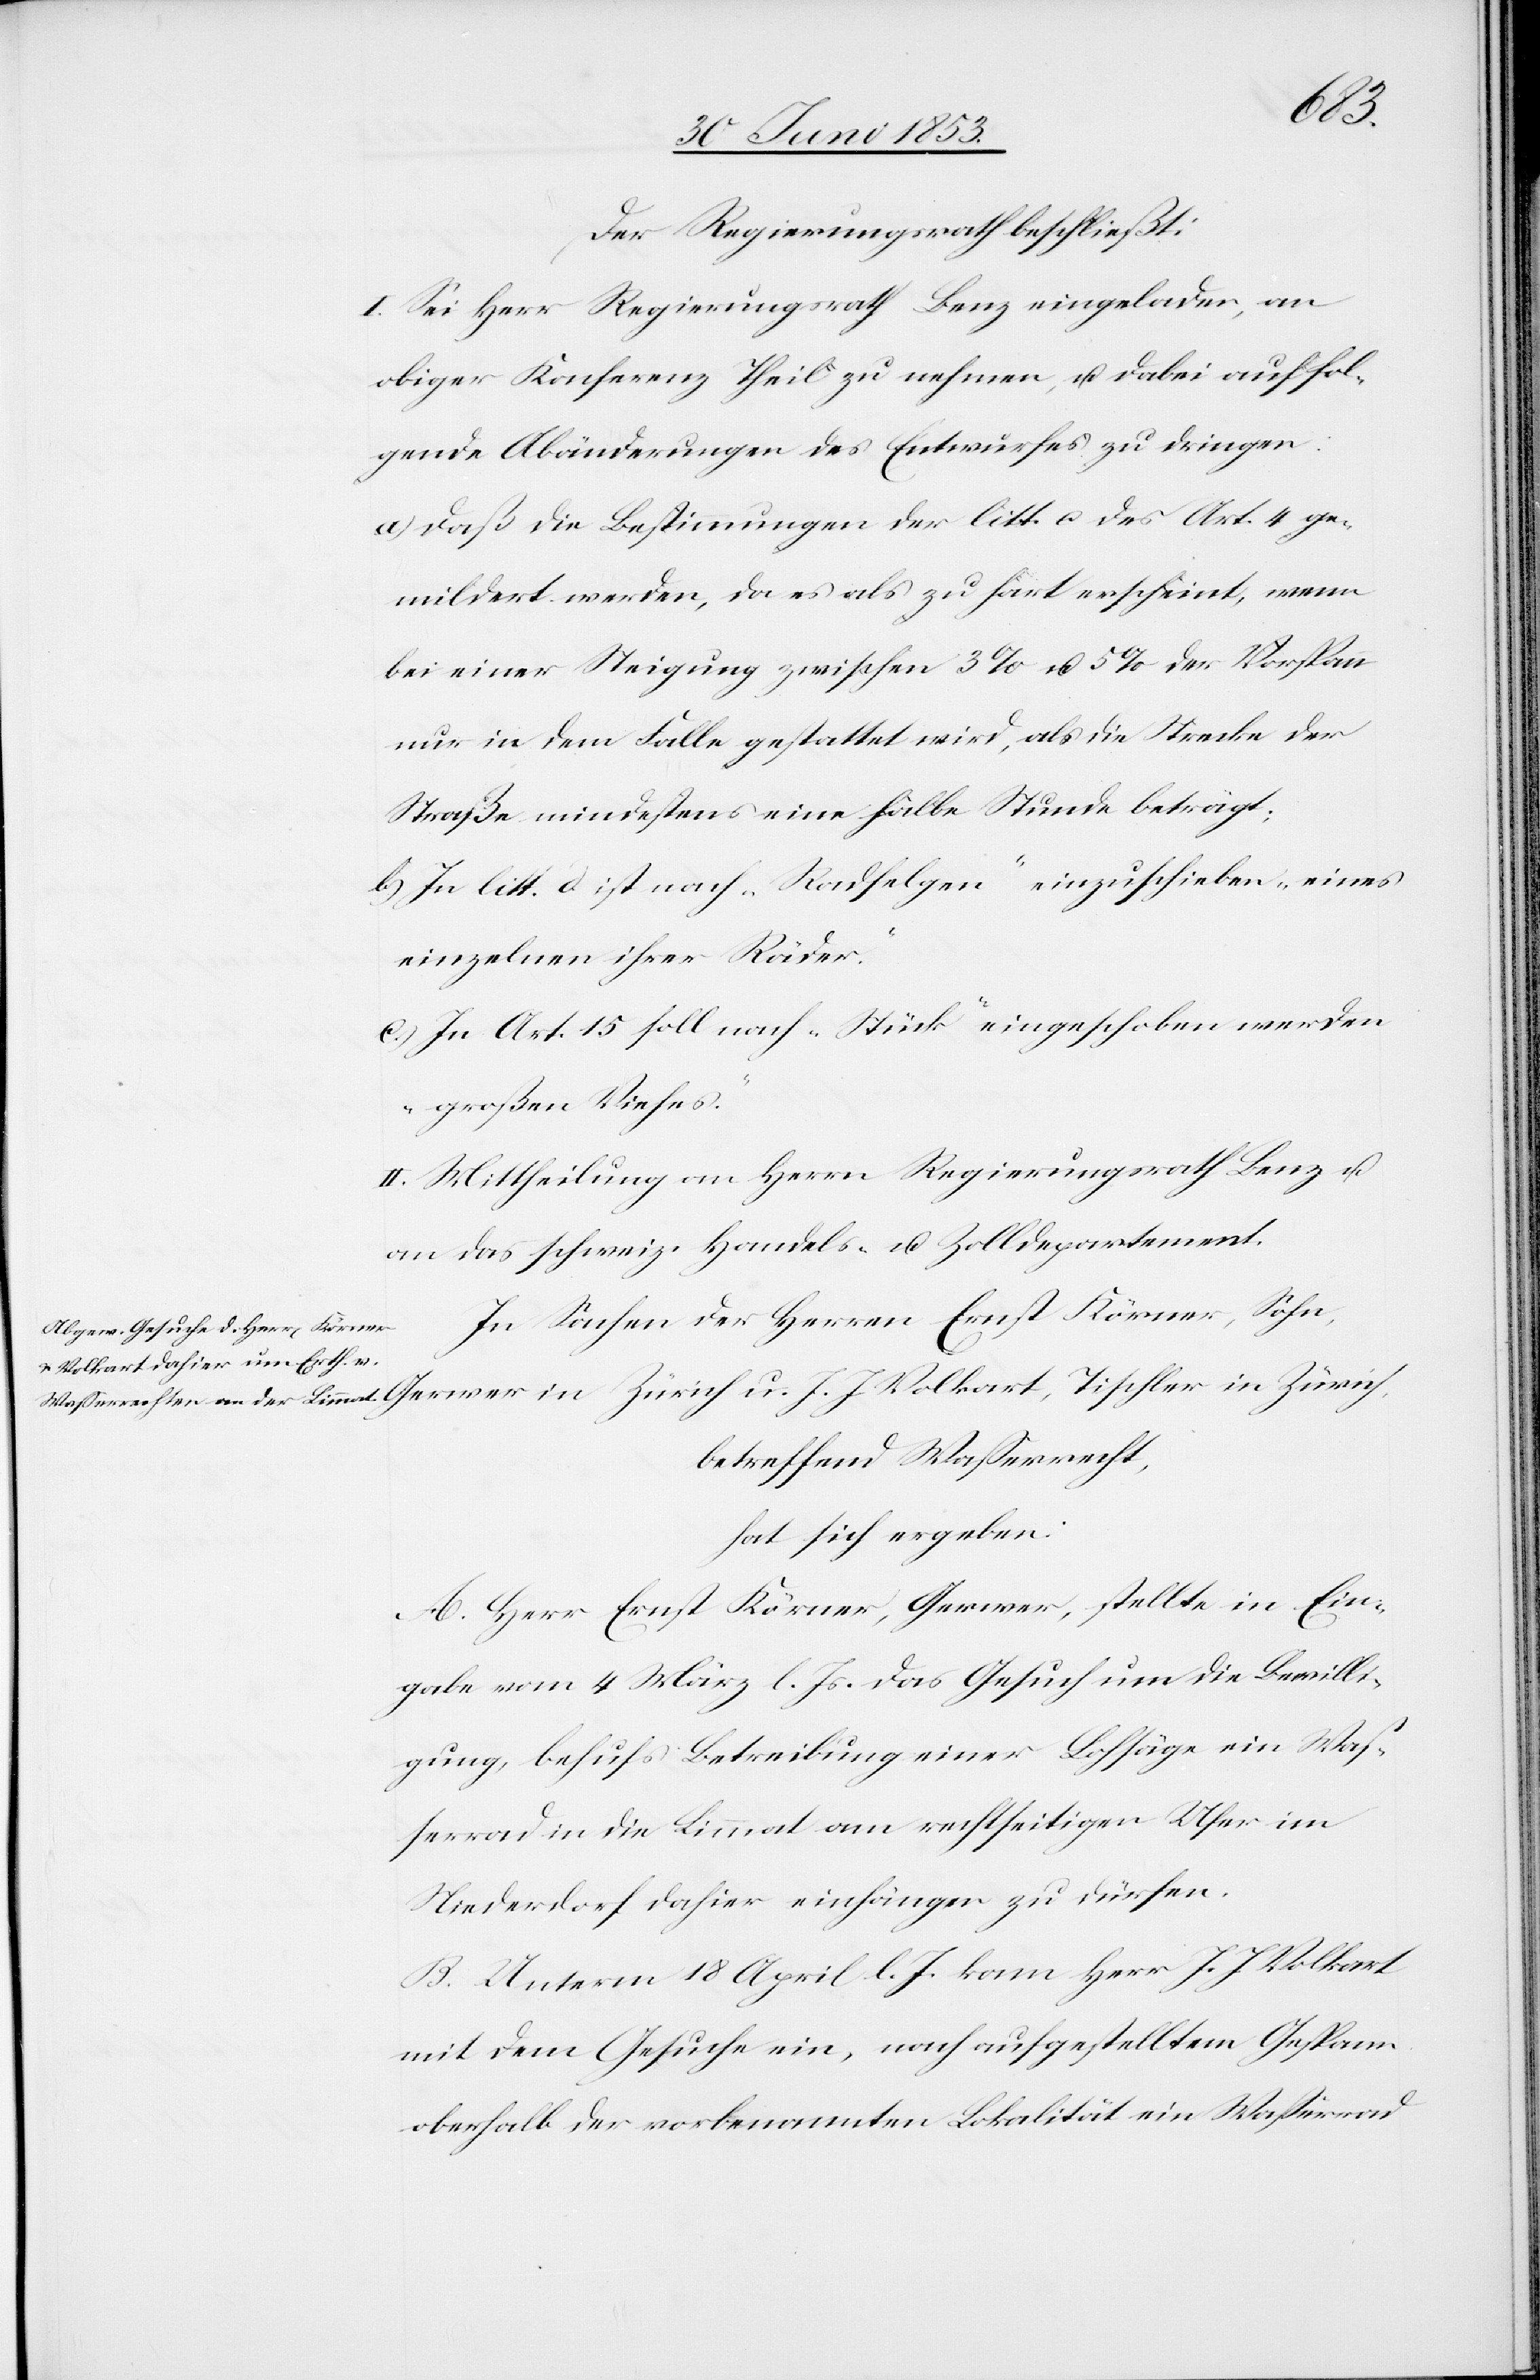
Zürich,
Der Regierungsrath beschließt:
I. Sei Herr Regierungsrath Benz eingeladen, an
obiger Konferenz Theil zu nehmen, u. dabei auch fol¬
gende Abänderungen des Entwurfes zu dringen.
a) Daß die Bestimmungen der litt. c des Art. 4 ge¬
mildert werden, da es als zu hart erscheint, wenn
bei einer Steigung zwischen 3 % u. 5 % der Vorspann
nur in dem Falle gestattet wird, als die Strecke der
Straße mindestens eine halbe Stunde beträgt;
b) In litt. d ist nach „Radfelgen“ einzuschieben „eines
einzelnen ihrer Räder.“
c) In Art. 15 soll nach „Stück“ eingeschoben werden
„großes Viehes.“
II. Mittheilung an Herrn Regierungsrath Benz u.
an das schweiz. Handels- u. Zolldepartement.
In Sachen der Herren Ernst Körner, Sohn,
betreffend Waßerrecht,
hat sich ergeben:
A. Herr Ernst Körner, Gerwer, stellt in Ein¬
gabe vom 4 März l. Js. das Gesuch um die Bewilli¬
gung, behufs Betreibung einer Lohsäge [sic!] ein Waß¬
errad in die Limmat am rechtseitigen Ufer im
Niederdorf dahier einhängen zu dürfen.
B. Unterm 18 April l. Js. kann Herr J. J. Volkart
mit dem Gesuche ein, nach aufgestelltem Gespann
oberhalb der vorbenannten Lokalität ein Waßerrad